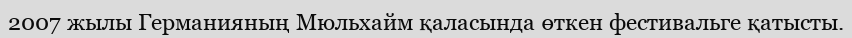
2007 жылы Германияның Мюльхайм қаласында өткен фестивальге қатысты.